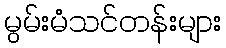
မွမ်းမံသင်တန်းများ